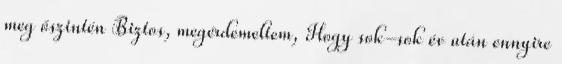
meg őszintén Biztos, megérdemeltem, Hogy sok-sok év után ennyire